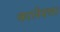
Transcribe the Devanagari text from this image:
कालेश्‍वर